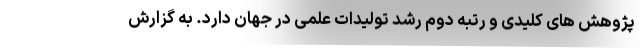
پژوهش های کلیدی و رتبه دوم رشد تولیدات علمی در جهان دارد. به گزارش